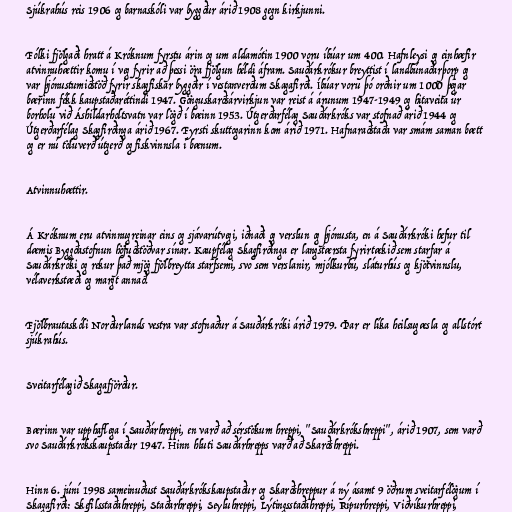
Sjúkrahús reis 1906 og barnaskóli var byggður árið 1908 gegn kirkjunni.

Fólki fjölgaði hratt á Króknum fyrstu árin og um aldamótin 1900 voru íbúar um 400. Hafnleysi og einhæfir
atvinnuhættir komu í veg fyrir að þessi öra fjölgun héldi áfram. Sauðárkrókur breyttist í landbúnaðarþorp og
var þjónustumiðstöð fyrir skagfiskar byggðir í vestanverðum Skagafirði. Íbúar voru þó orðnir um 1000 þegar
bærinn fékk kaupstaðaréttindi 1947. Gönguskarðsárvirkjun var reist á árunum 1947-1949 og hitaveita úr
borholu við Áshildarholtsvatn var lögð í bæinn 1953. Útgerðarfélag Sauðárkróks var stofnað árið 1944 og
Útgerðarfélag Skagfirðinga árið 1967. Fyrsti skuttogarinn kom árið 1971. Hafnaraðstaða var smám saman bætt
og er nú töluverð útgerð og fiskvinnsla í bænum.

Atvinnuhættir.

Á Króknum eru atvinnugreinar eins og sjávarútvegi, iðnaði og verslun og þjónusta, en á Sauðárkróki hefur til
dæmis Byggðastofnun höfuðstöðvar sínar. Kaupfélag Skagfirðinga er langstærsta fyrirtækið sem starfar á
Sauðárkróki og rekur það mjög fjölbreytta starfsemi, svo sem verslanir, mjólkurbú, sláturhús og kjötvinnslu,
vélaverkstæði og margt annað.

Fjölbrautaskóli Norðurlands vestra var stofnaður á Sauðárkróki árið 1979. Þar er líka heilsugæsla og allstórt
sjúkrahús.

Sveitarfélagið Skagafjörður.

Bærinn var upphaflega í Sauðárhreppi, en varð að sérstökum hreppi, "Sauðárkrókshreppi", árið 1907, sem varð
svo Sauðárkrókskaupstaður 1947. Hinn hluti Sauðárhrepps varð að Skarðshreppi.

Hinn 6. júní 1998 sameinuðust Sauðárkrókskaupstaður og Skarðshreppur á ný ásamt 9 öðrum sveitarfélögum í
Skagafirði: Skefilsstaðahreppi, Staðarhreppi, Seyluhreppi, Lýtingsstaðahreppi, Rípurhreppi, Viðvíkurhreppi,